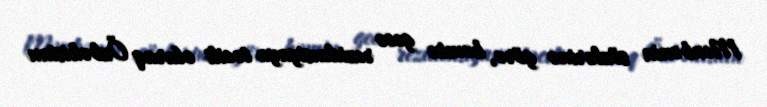
Mənbənin sözlərinə görə, həmin gecə rezidensiyaya təcili olaraq Özbəkistan